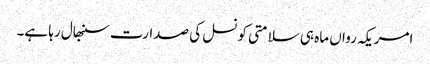
امریکہ رواں ماہ ہی سلامتی کونسل کی صدارت سنبھال رہا ہے۔